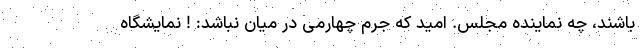
باشند، چه نماینده مجلس. امید که جرم چهارمی در میان نباشد: ! نمایشگاه